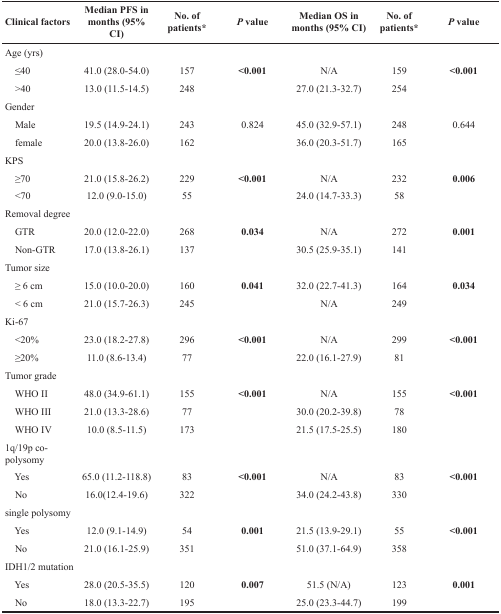
<table><thead><tr><td><b>Clinical factors</b></td><td><b>Median PFS in months (95% CI)</b></td><td><b>No. of patients*</b></td><td><b><i>P</i> value</b></td><td><b>Median OS in months (95% CI)</b></td><td><b>No. of patients*</b></td><td><b><i>P</i> value</b></td></tr></thead><tbody><tr><td>Age (yrs)</td><td></td><td></td><td></td><td></td><td></td><td></td></tr><tr><td> ≤40</td><td>41.0 (28.0-54.0)</td><td>157</td><td><b>&lt;0.001</b></td><td>N/A</td><td>159</td><td><b>&lt;0.001</b></td></tr><tr><td> &gt;40</td><td>13.0 (11.5-14.5)</td><td>248</td><td></td><td>27.0 (21.3-32.7)</td><td>254</td><td></td></tr><tr><td>Gender</td><td></td><td></td><td></td><td></td><td></td><td></td></tr><tr><td> Male</td><td>19.5 (14.9-24.1)</td><td>243</td><td>0.824</td><td>45.0 (32.9-57.1)</td><td>248</td><td>0.644</td></tr><tr><td> female</td><td>20.0 (13.8-26.0)</td><td>162</td><td></td><td>36.0 (20.3-51.7)</td><td>165</td><td></td></tr><tr><td>KPS</td><td></td><td></td><td></td><td></td><td></td><td></td></tr><tr><td> ≥70</td><td>21.0 (15.8-26.2)</td><td>229</td><td><b>&lt;0.001</b></td><td>N/A</td><td>232</td><td><b>0.006</b></td></tr><tr><td> &lt;70</td><td>12.0 (9.0-15.0)</td><td>55</td><td></td><td>24.0 (14.7-33.3)</td><td>58</td><td></td></tr><tr><td>Removal degree</td><td></td><td></td><td></td><td></td><td></td><td></td></tr><tr><td> GTR</td><td>20.0 (12.0-22.0)</td><td>268</td><td><b>0.034</b></td><td>N/A</td><td>272</td><td><b>0.001</b></td></tr><tr><td> Non-GTR</td><td>17.0 (13.8-26.1)</td><td>137</td><td></td><td>30.5 (25.9-35.1)</td><td>141</td><td></td></tr><tr><td>Tumor size</td><td></td><td></td><td></td><td></td><td></td><td></td></tr><tr><td> ≥ 6 cm</td><td>15.0 (10.0-20.0)</td><td>160</td><td><b>0.041</b></td><td>32.0 (22.7-41.3)</td><td>164</td><td><b>0.034</b></td></tr><tr><td> &lt; 6 cm</td><td>21.0 (15.7-26.3)</td><td>245</td><td></td><td>N/A</td><td>249</td><td></td></tr><tr><td>Ki-67</td><td></td><td></td><td></td><td></td><td></td><td></td></tr><tr><td> &lt;20%</td><td>23.0 (18.2-27.8)</td><td>296</td><td><b>&lt;0.001</b></td><td>N/A</td><td>299</td><td><b>&lt;0.001</b></td></tr><tr><td> ≥20%</td><td>11.0 (8.6-13.4)</td><td>77</td><td></td><td>22.0 (16.1-27.9)</td><td>81</td><td></td></tr><tr><td>Tumor grade</td><td></td><td></td><td></td><td></td><td></td><td></td></tr><tr><td> WHO II</td><td>48.0 (34.9-61.1)</td><td>155</td><td><b>&lt;0.001</b></td><td>N/A</td><td>155</td><td><b>&lt;0.001</b></td></tr><tr><td> WHO III</td><td>21.0 (13.3-28.6)</td><td>77</td><td></td><td>30.0 (20.2-39.8)</td><td>78</td><td></td></tr><tr><td> WHO IV</td><td>10.0 (8.5-11.5)</td><td>173</td><td></td><td>21.5 (17.5-25.5)</td><td>180</td><td></td></tr><tr><td>1q/19p co-polysomy</td><td></td><td></td><td></td><td></td><td></td><td></td></tr><tr><td> Yes</td><td>65.0 (11.2-118.8)</td><td>83</td><td><b>&lt;0.001</b></td><td>N/A</td><td>83</td><td><b>&lt;0.001</b></td></tr><tr><td> No</td><td>16.0(12.4-19.6)</td><td>322</td><td></td><td>34.0 (24.2-43.8)</td><td>330</td><td></td></tr><tr><td>single polysomy</td><td></td><td></td><td></td><td></td><td></td><td></td></tr><tr><td> Yes</td><td>12.0 (9.1-14.9)</td><td>54</td><td><b>0.001</b></td><td>21.5 (13.9-29.1)</td><td>55</td><td><b>&lt;0.001</b></td></tr><tr><td> No</td><td>21.0 (16.1-25.9)</td><td>351</td><td></td><td>51.0 (37.1-64.9)</td><td>358</td><td></td></tr><tr><td>IDH1/2 mutation</td><td></td><td></td><td></td><td></td><td></td><td></td></tr><tr><td> Yes</td><td>28.0 (20.5-35.5)</td><td>120</td><td><b>0.007</b></td><td>51.5 (N/A)</td><td>123</td><td><b>0.001</b></td></tr><tr><td> No</td><td>18.0 (13.3-22.7)</td><td>195</td><td></td><td>25.0 (23.3-44.7)</td><td>199</td><td></td></tr></tbody></table>